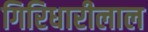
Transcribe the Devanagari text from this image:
गिरिधारीलाल